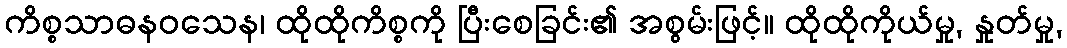
ကိစ္စသာဓနဝသေန၊ ထိုထိုကိစ္စကို ပြီးစေခြင်း၏ အစွမ်းဖြင့်။ ထိုထိုကိုယ်မှု, နှုတ်မှု,